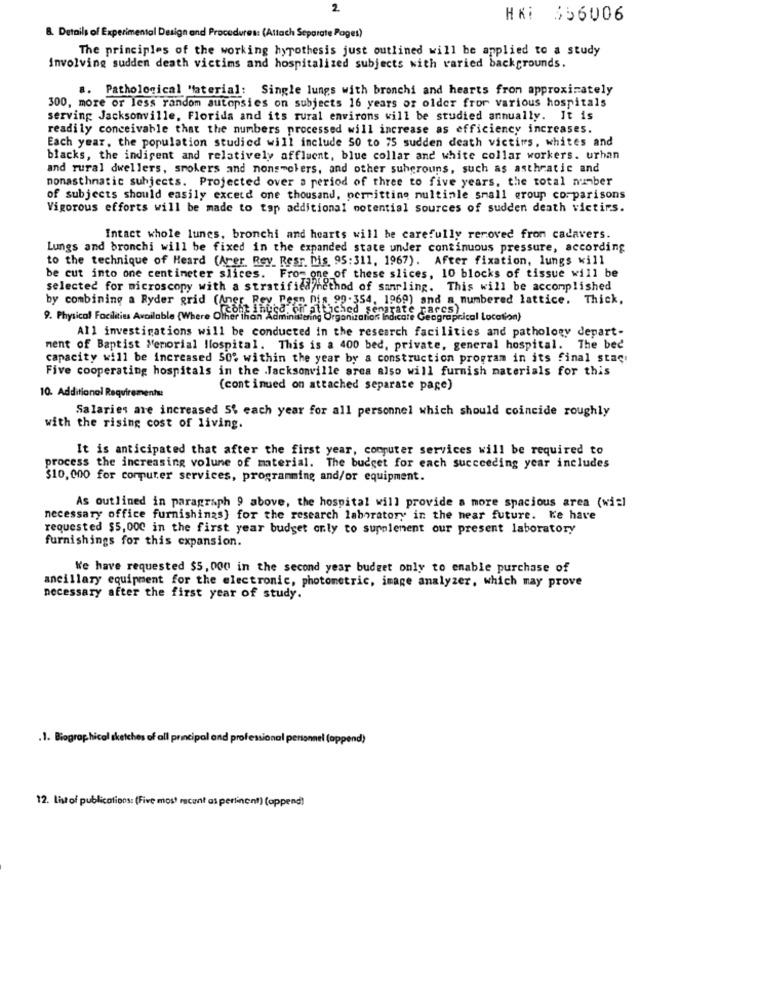
2
HK: 356006
B. Details of Experimental Design and Procedures: (Attach Separate Pages)
The principles of the working hypothesis just outlined will be applied to a study
involving sudden death victims and hospitalized subjects with varied backgrounds.
a. Pathological Material: Single lungs with bronchi and hearts from approximately
300, more or less random autopsies on subjects 16 years or older fror various hospitals
serving Jacksonville, Florida and its rural environs will be studied annually. It is
readily conceivable that the numbers processed will increase as efficiency increases.
Each year, the population studied will include 50 to 75 sudden death victims, whites and
blacks, the indigent and relatively affluent, blue collar and white collar workers. urhan
and rural dwellers, smokers and nonsmokers, and other suhgrouns, such as asthratic and
nonasthmatic subjects. Projected over a period of three to five years, the total number
of subjects should easily excetd one thousand, permitting nultinle small group comparisons
Vigorous efforts will be made to top additional potential sources of sudden death victirs.
Intact whole lunes, bronchi and hearts will be carefully removed from cadavers.
Lungs and bronchi will be fixed in the expanded state under continuous pressure, according
to the technique of Heard (Arer Rey Resr. his 95:311, 1967). After fixation, lungs will
be cut into one centimeter slices. From one of these slices, 10 blocks of tissue will be
selected for microscopy with a stratified/nethod of sampling. This will be accomplished
by combining a Ryder grid (Aner. Pey, Pesn nis 99-354, 1969) and a numbered lattice. Thick,
9. Physical Facilities Available (Where Other than Administering Organization Indicate Geograph
rcof inuca. on Fifached separate choravicol location)
All investigations will be conducted in the research facilities and pathology depart-
ment of Baptist Memorial Hospital. This is a 400 bed, private, general hospital. The bed
capacity will be increased 50% within the year by a construction program in its final staçı
Five cooperating hospitals in the .Jacksonville area also will furnish materials for this
(continued on attached separate page)
10. Additional Requirements
Salaries are increased 5% each year for all personnel which should coincide roughly
with the rising cost of living.
It is anticipated that after the first year, computer services will be required to
process the increasing volume of material. The budget for each succeeding year includes
$10,000 for computer services, programming and/or equipment.
As outlined in paragraph 9 above, the hospital will provide a more spacious area (wiel
necessary office furnishings) for the research laboratory in the near future. Ke have
requested $5,000 in the first year budget only to supplement our present laboratory
furnishings for this expansion.
We have requested $5, 000 in the second year budget only to enable purchase of
ancillary equipment for the electronic, photometric, image analyzer, which may prove
necessary after the first year of study.
. 1. Biographical sketches of all principal and professional personnel (oppend)
12. list of publications: (Five most recent as pertinent) (append)